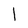
Character: 1